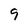
Character: 9